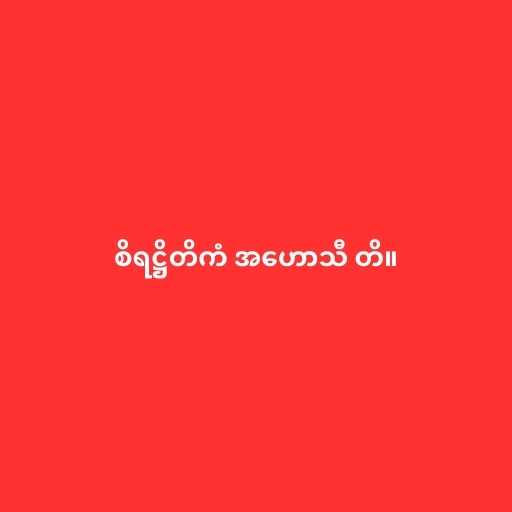
စိရဋ္ဌိတိကံ အဟောသီ တိ။